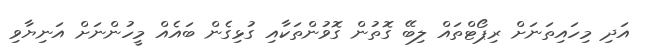
އަދި މިހައިތަނަށް ރިޕޯޓްތައް ލިބޭ ގޮތުން ގޮވުންތަކާއި ގުޅިގެން ބައެއް މީހުންނަށް އަނިޔާވި